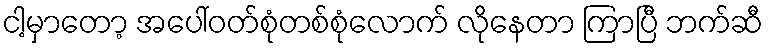
ငါ့မှာတော့ အပေါ်ဝတ်စုံတစ်စုံလောက် လိုနေတာ ကြာပြီ ဘက်ဆီ